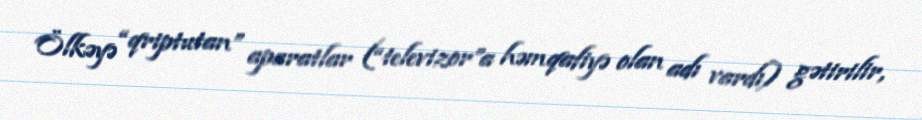
Ölkəyə “qriptutan” aparatlar (“televizor”a həmqafiyə olan adı vardı) gətirilir,